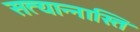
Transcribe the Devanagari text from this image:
सत्यान्नास्ति